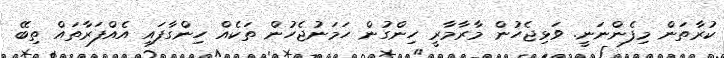
ކުރާތަން މިފެންނަނީ. ވަޅިޖެހުން މާރާމާރީ ހިންގުން ހަމަނުޖެހުން ތަކެއް ހިންގާފައި އެއްފަރާތައް ތިބޭ